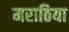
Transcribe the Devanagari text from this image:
मराठिया